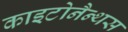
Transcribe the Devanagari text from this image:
काइटोनैन्थस